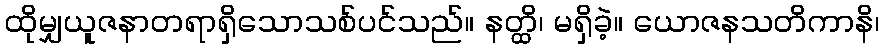
ထိုမျှယူဇနာတရာရှိသောသစ်ပင်သည်။ နတ္ထိ၊ မရှိခဲ့။ ယောဇနသတိကာနိ၊